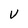
Character: V